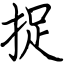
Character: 捉